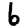
Digit: 6